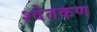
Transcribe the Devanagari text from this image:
श्वेतकण